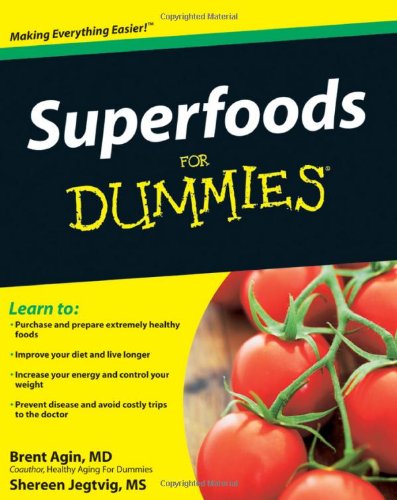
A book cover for Superfoods For Dummies; Brent Agin; Health, Fitness & Dieting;